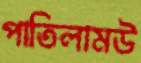
পাতিলামউ